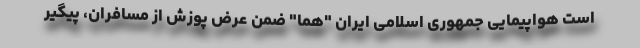
است هواپیمایی جمهوری اسلامی ایران "هما" ضمن عرض پوزش از مسافران، پیگیر